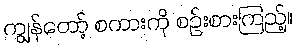
ကျွန်တော့် စကားကို စဉ်းစားကြည့်။